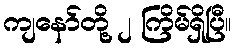
ကျနော်တို့ ၂ ကြိမ်ရှိပြီ။